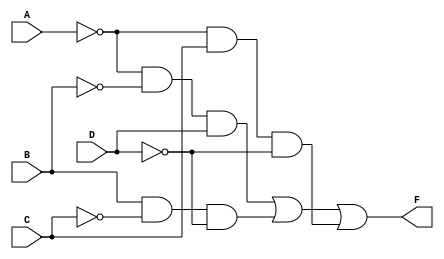
// Name: lut3.v
//
// Description: Third option of Look Up Table

module lut3(
  input A,
  input B,
  input C,
  input D,
  output F
);
  wire c1;
  wire c2; 
  wire c3;
  
  and(c1,~A,~B, D);
  and(c2, B,~C,~D);
  and(c3,~A,C,~D);
  or(F,c1,c2,c3);

endmodule